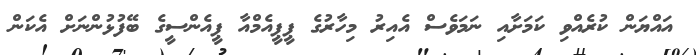
އައްޔަން ކުރެއްވި ކަމަށާއި ނަމަވެސް އެއިރު މިހާރުގެ ޕީޕީއެމްއާ ޕީއެންސީގެ ބޭފުޅުންނަށް އެކަން